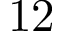
1 2